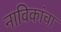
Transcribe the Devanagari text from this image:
नाविकांचा